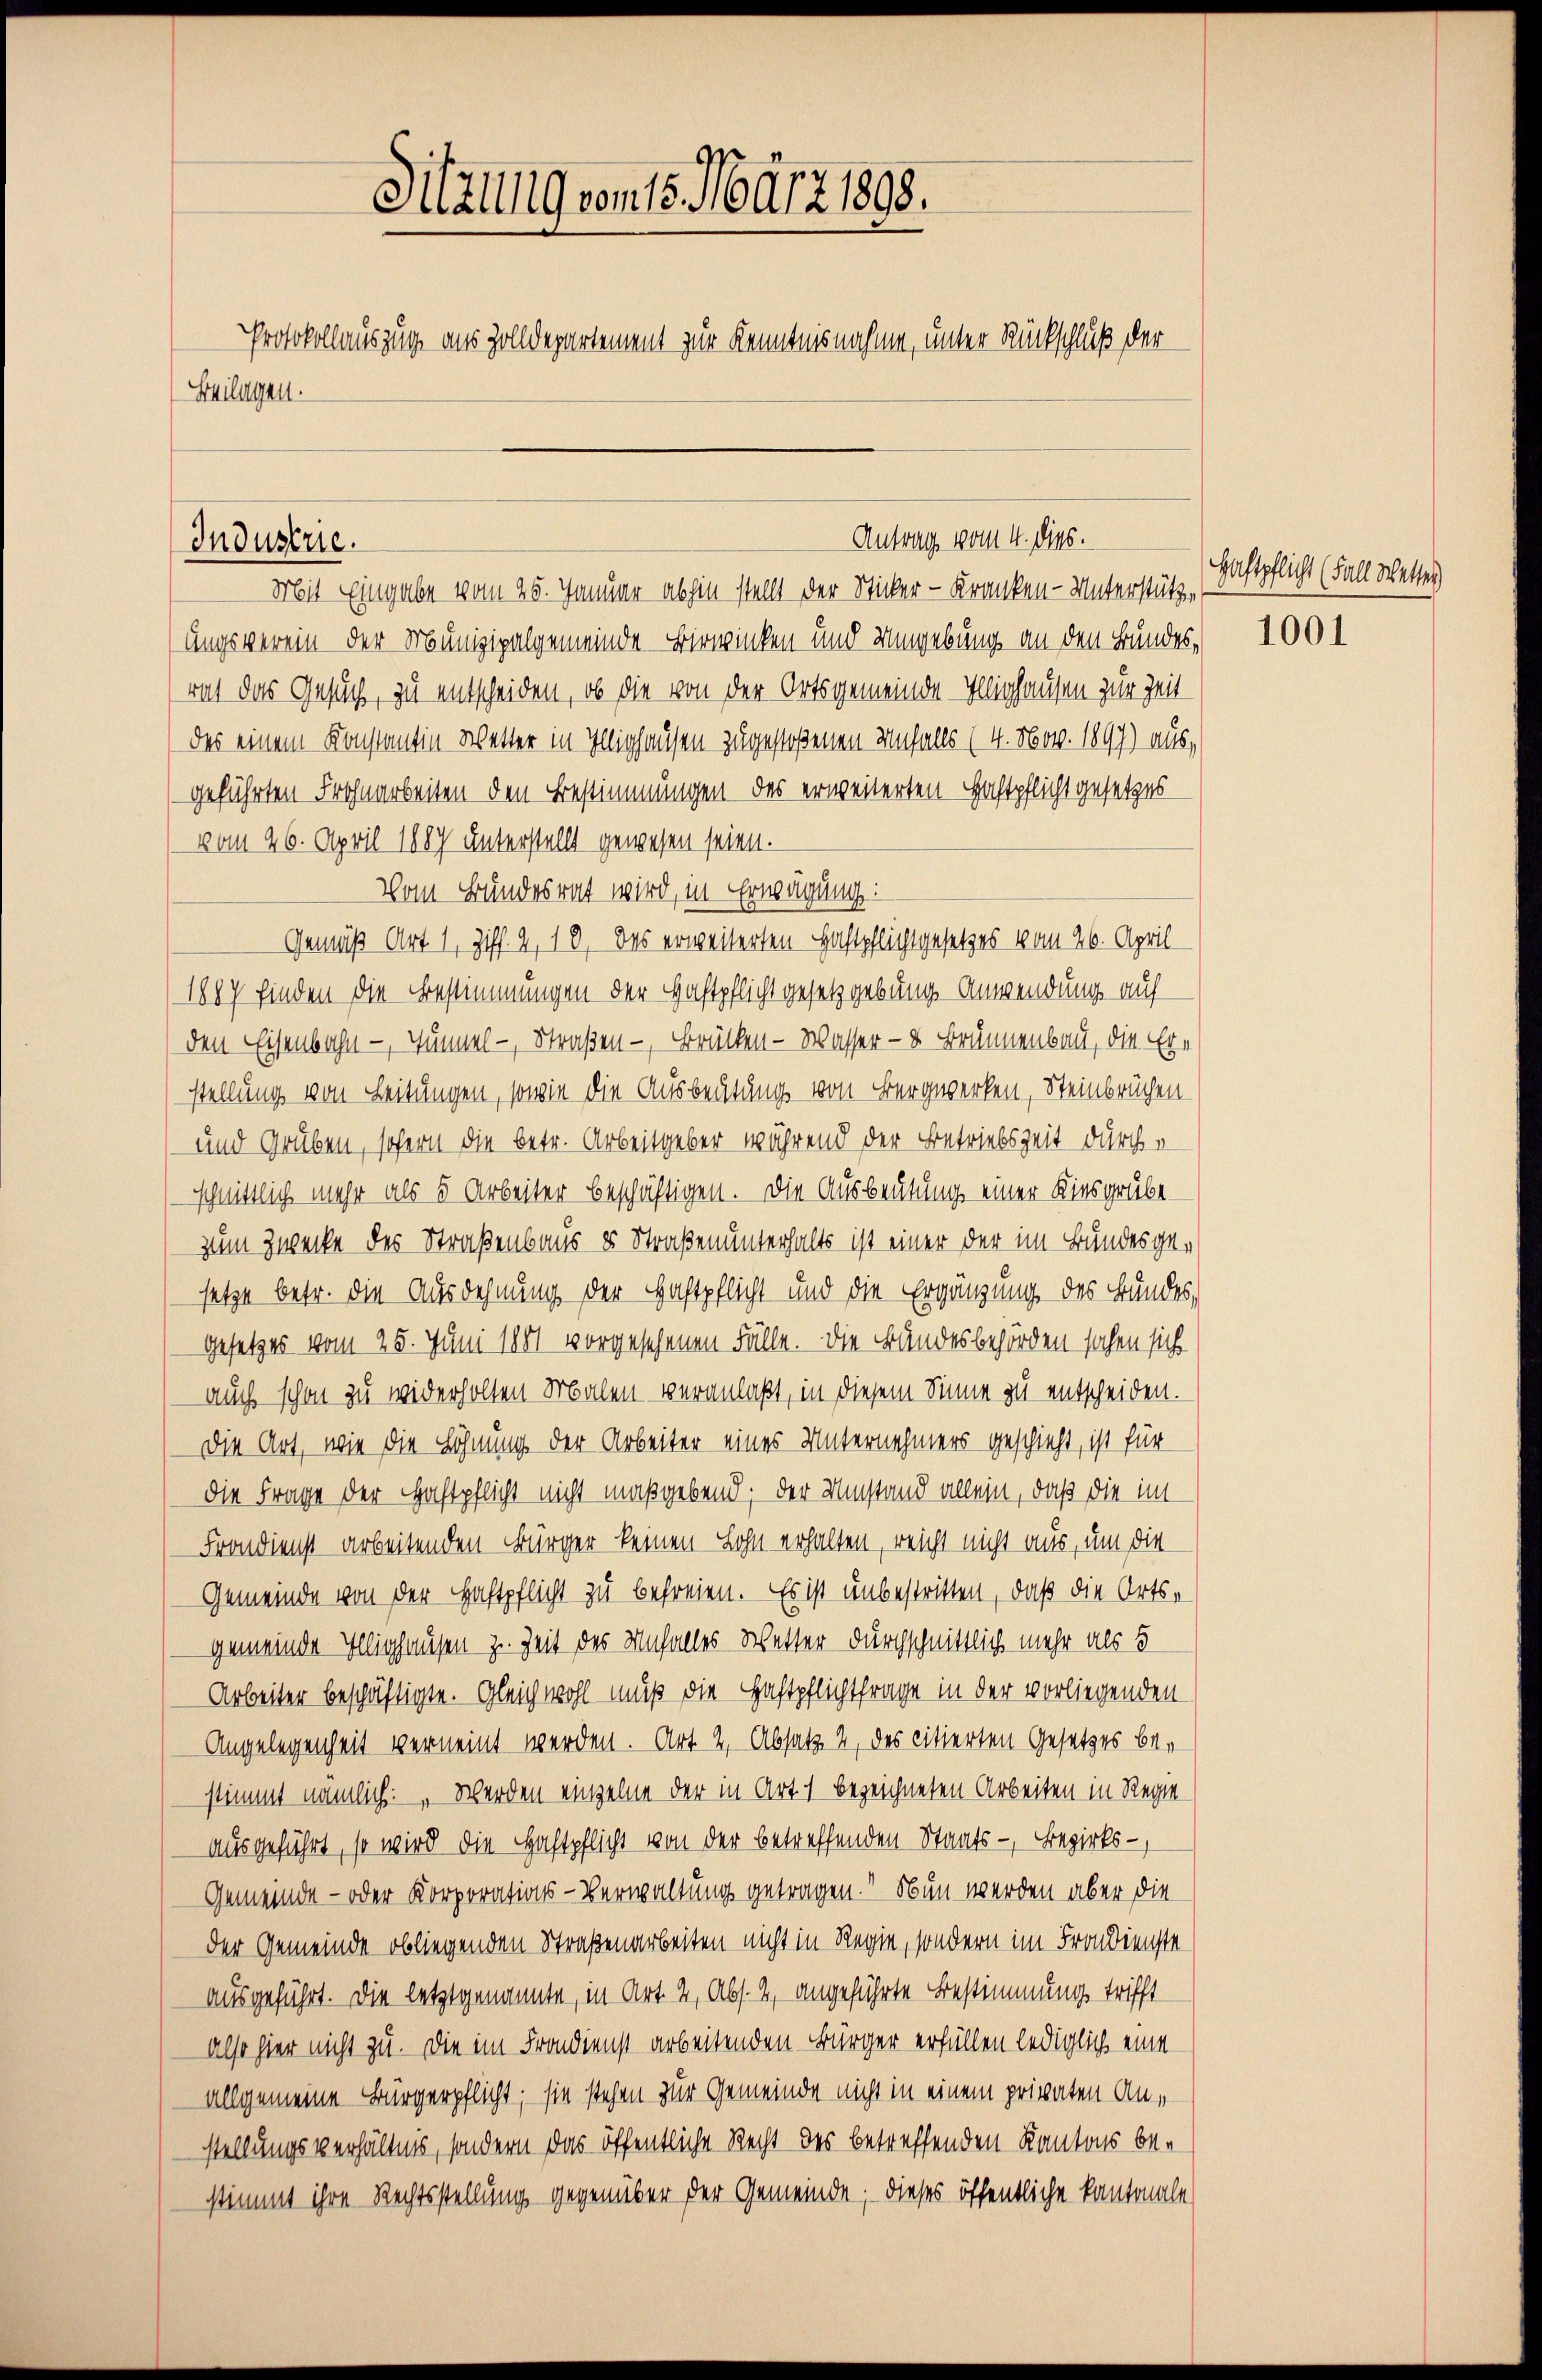
Sitzung vom 15. März 1898.
Protokollauszug aus Zolldepartement zur Kenntnisnahme, unter Rückschluß der
Beilagen.

Industrie.

Mit Eingabe vom 25. Januar abhin stellt der Sticker- Kranken-Unterstütze
ungsverein der Munizipalgemeinde Birwinken und Umgebung an den Bundesrat das Gesuch, zu entscheiden, ob die von der Ortsgemeinde Illishausen zur Zeit
das einem Konstantin Wetter in Illishausen zugestoßenen Unfalls (4. Nov. 1897) aus,
geführten Frohnarbeiten den Bestimmungen des erweiterten Haftpflicht gesetzes
vom 26. April 1887 unterstellt gewesen seien.
Vom Bundesrat wird, in Erwägung:
Gemäß Art 1, Ziff. 2, 10. Das erweiterten Haftpflichtgesetzes vom 26. April
1887 finden die Bestimmungen der Haftpflicht gesetzgebung Anwendung auf
den Eisenbahn — Sümmel - Straßen - Brücken - Wasser- u Brünnenbau, die Erstellung von Leitungen, sowie die Ausbeutung von Bergwerken, Steinbrüchen
und Grüben, sofern die betr. Arbeitgeber während der Betriebszeit durch e
schnittlich mehr als 5 Arbeiter beschäftigen. Die Ausbeutung einer Kiesgrubezum Zwecke des Straßenbaus es Straßenunterhalts ist einer der im Bundesgesetze betr. die Ausdehnung der Haftpflicht und die Ergänzung des Bundes,
Gesetzes vom 25. Juni 1881 vorgesehenen Fälle. Die Bandesbehörden sahen sich
auch schon zu widerholten Malen veranlaßt, in diesem Sinne zu entscheiden.
Die Art, wie die Höhnung der Arbeiter eines Unternehmers geschieht, ist für
die Frage der Haftpflicht nicht maßgebend; der Umstand allein, daß die im
Frondienst arbeitenden Bürger keinen Lohn erhalten, reicht nicht aus, um die
Gemeinde von der Haftpflicht zu befreien. Es ist unbestritten, daß die Ortsgemeinde Illishausen z. Zeit des Unfalles Wetter durchschnittlich mehr als 5
Arbeiter beschäftigte. Gleichwohl muß die Haftpflichtfrage in der vorliegenden
Angelegenheit verneint werden. Art 2, Absatz 2 des citierten Gesetzes bestimmt nämlich: „ werden einzelne der in Art. 1 bezeichneten Arbeiten in Regie
ausgeführt, so wird die Haftpflicht von der betreffenden Staats-, Bezirks-
Gemeinde- oder Korporations-Verwaltung getragen. - Nun werden aber die
der Gemeinde obliegenden Straßenarbeiten nicht in Regie, sondern im Frondienste
ausgeführt. Die letztgenannte, in Art. 2, Abs. 2, angeführte Bestimmung trifft
also hier nicht zu. Die im Frondienst arbeitenden Bürger erfüllen lediglich eine
allgemeine Bürgerpflicht; sie stehen zur Gemeinde nicht in einem privaten Anstellungsverhältnis, sondern das öffentliche Recht des betreffenden Kantons bestimmt ihre Rechtsstellung gegenüber der Gemeinde; dieses öffentliche kantonale

Antrag vom 4. dies.

Haftpflicht (Fall Wettes

1001